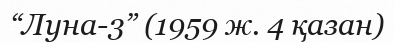
“Луна-3” (1959 ж. 4 қазан)